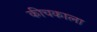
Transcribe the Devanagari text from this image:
कीचकाला